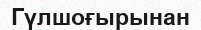
Гүлшоғырынан